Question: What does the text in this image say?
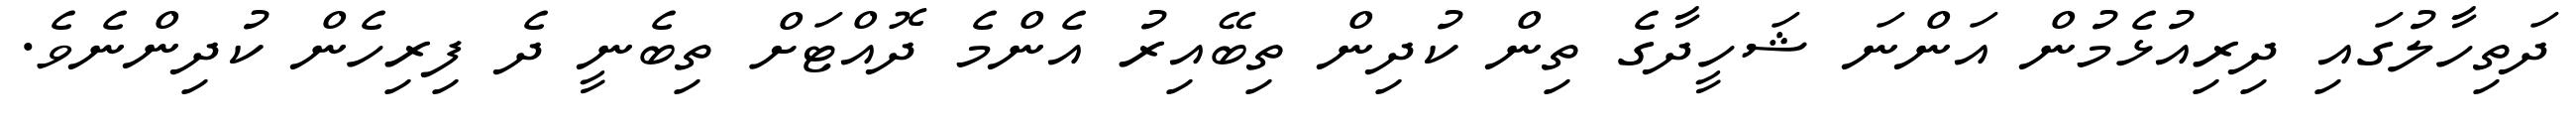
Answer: ދަތިހާލުގައި ދިރިއުޅެމުން އަންނަ ޝަހީދާގެ ތިން ކުދިން ތިބޭއިރު އެންމެ ދޮއްޓަށް ތިބެނީ ދެ ފިރިހެން ކުދިންނެވެ.